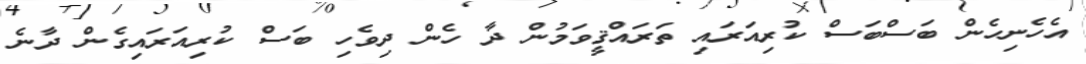
އެހެނިހެން ބަސްބަސް ކުރިއަރައި ތަރައްޤީވަމުން ދާ ހެން ދިވެހި ބަސް ކުރިއަރައިގެން ދާނެ